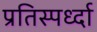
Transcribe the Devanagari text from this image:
प्रतिस्पर्ध्दा